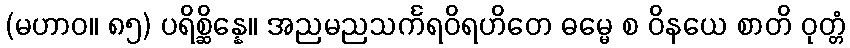
(မဟာဝ။ ၈၅) ပရိစ္ဆိန္နေ။ အညမညသင်္ကရဝိရဟိတေ ဓမ္မေ စ ဝိနယေ စာတိ ဝုတ္တံ